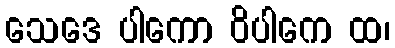
သေဒေ ပါကော ဝိပါကေ ထ၊